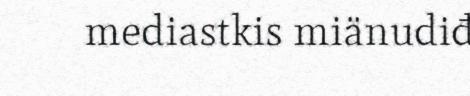
mediastkis miänudiđ